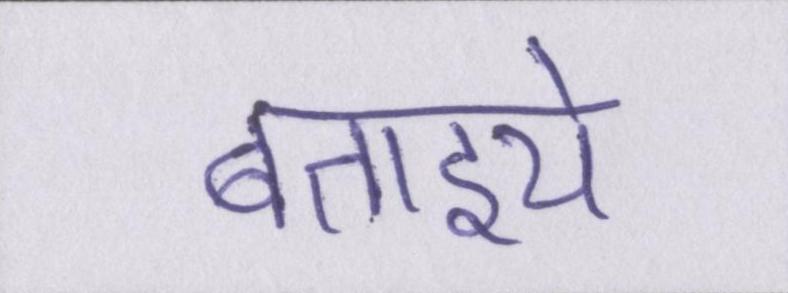
बताइये